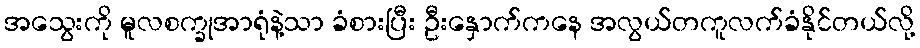
အသွေးကို မူလစက္ခုအာရုံနဲ့သာ ခံစားပြီး ဦးနှောက်ကနေ အလွယ်တကူလက်ခံနိုင်တယ်လို့